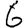
Digit: 6